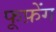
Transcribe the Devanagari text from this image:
फूफ़ेंग